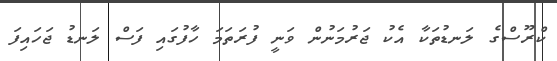
ކްރޫސްގެ ލަނޑުތަކާ އެކު ޖަރުމަނުން ވަނީ ފުރަތަމަ ހާފުގައި ފަސް ލަނޑު ޖަހައިފަ